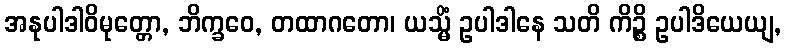
အနုပါဒါဝိမုတ္တော, ဘိက္ခဝေ, တထာဂတော၊ ယသ္မိံ ဥပါဒါနေ သတိ ကိဉ္စိ ဥပါဒိယေယျ,